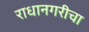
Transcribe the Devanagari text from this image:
राधानगरीचा